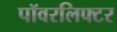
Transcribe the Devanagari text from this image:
पॉवरलिफ्टर